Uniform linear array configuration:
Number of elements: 48
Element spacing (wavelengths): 0.75
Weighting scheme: kaiser
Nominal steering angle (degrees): -60
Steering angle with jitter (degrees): -58.843
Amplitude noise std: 0.05
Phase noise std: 0.05

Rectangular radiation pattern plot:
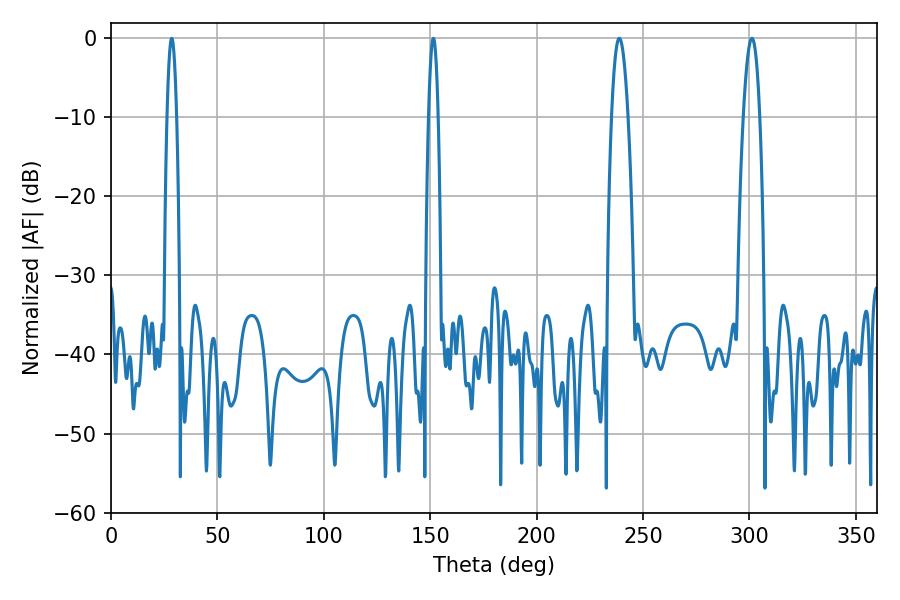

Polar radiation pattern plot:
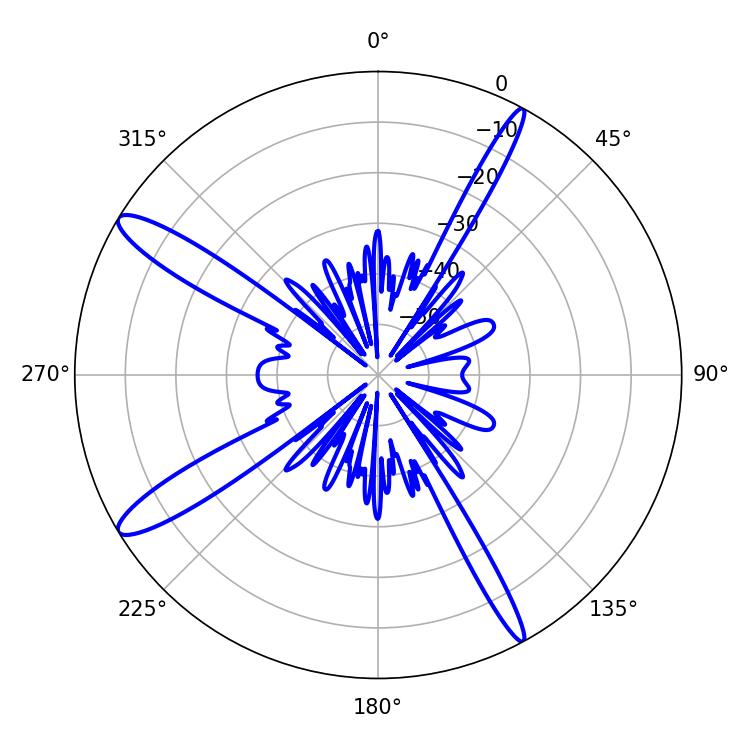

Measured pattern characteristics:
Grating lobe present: TRUE
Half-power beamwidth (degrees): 4.14
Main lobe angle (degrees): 238.86